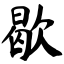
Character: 歇